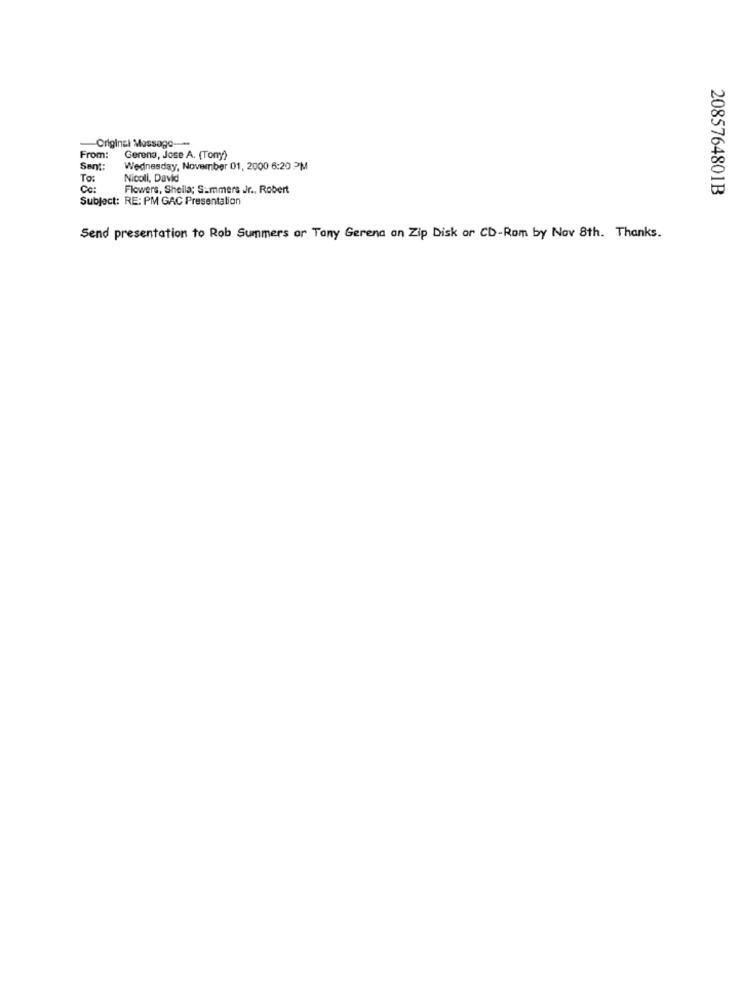
Original Message ---
From:
Gerena, Jose A. (Tomy)
Sent:
Wednesday, November 01, 2000 6:20 PM
To:
Nicoll, David
Ca:
Flowers, Sheila; Summers Jr ., Robert
2085764801B
Subject: RE: PM GAC Presentation
Send presentation to Rob Summers ar Tany Gerena an Zip Disk or CD-Rom by Nov 8th. Thanks.